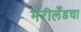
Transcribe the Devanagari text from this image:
मेरीलँडचा